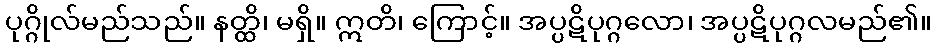
ပုဂ္ဂိုလ်မည်သည်။ နတ္ထိ၊ မရှိ။ ဣတိ၊ ကြောင့်။ အပ္ပဋိပုဂ္ဂလော၊ အပ္ပဋိပုဂ္ဂလမည်၏။